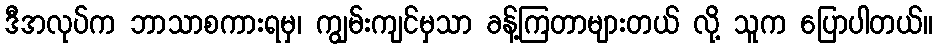
ဒီအလုပ်က ဘာသာစကားရမှ၊ ကျွမ်းကျင်မှသာ ခန့်ကြတာများတယ် လို့ သူက ပြောပါတယ်။